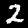
Digit: 2